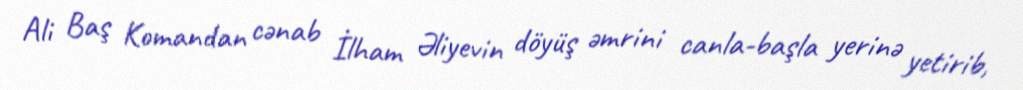
Ali Baş Komandan cənab İlham Əliyevin döyüş əmrini canla-başla yerinə yetirib,